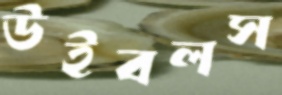
উইবলস